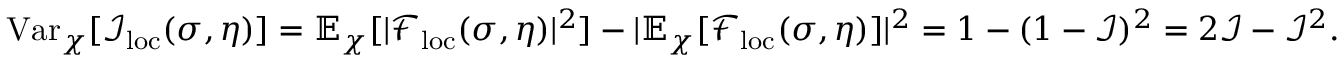
\mathrm { V a r } _ { \chi } [ \mathcal { I } _ { \mathrm { l o c } } ( \sigma , \eta ) ] = \mathbb { E } _ { \chi } [ | \mathcal { F } _ { \mathrm { l o c } } ( \sigma , \eta ) | ^ { 2 } ] - | \mathbb { E } _ { \chi } [ \mathcal { F } _ { \mathrm { l o c } } ( \sigma , \eta ) ] | ^ { 2 } = 1 - ( 1 - \mathcal { I } ) ^ { 2 } = 2 \mathcal { I } - \mathcal { I } ^ { 2 } .